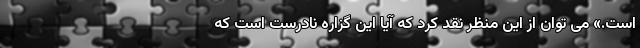
است.» می توان از این منظر نقد کرد که آیا این گزاره نادرست است که